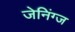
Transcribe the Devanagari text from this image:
जेनिंग्ज